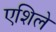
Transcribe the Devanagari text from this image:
एशिले